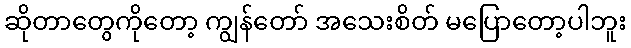
ဆိုတာတွေကိုတော့ ကျွန်တော် အသေးစိတ် မပြောတော့ပါဘူး